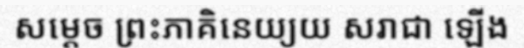
សម្តេច ព្រះភាគិនេយ្យយ សរាជា ឡើង